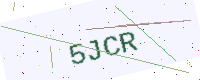
Text: 5JCR